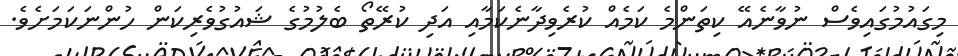
މިގައުމުގައިވެސް ނުވާނެއޭ ކިތަންމެ ކަމެއް ކުރެވިދާނެކަމާއި އަދި ކުރޭތޯ ބެލުމުގެ ޝައުގުވެރިކަން ހުންނަކަމަށެވެ.